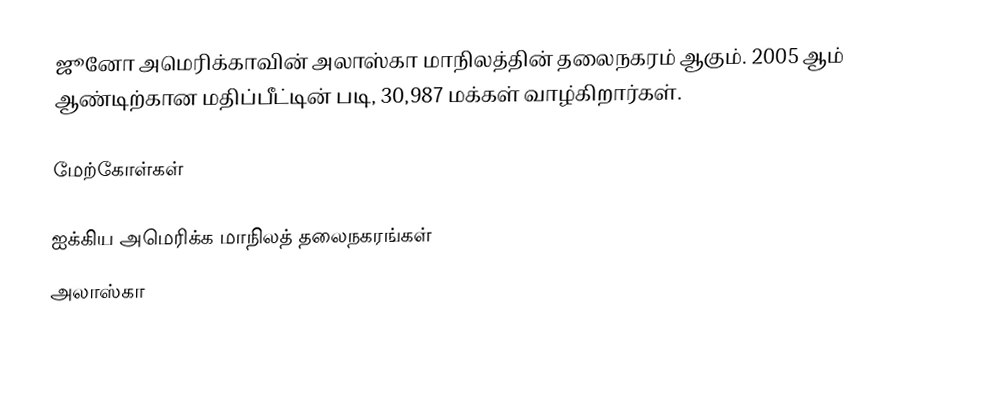
ஜூனோ அமெரிக்காவின் அலாஸ்கா மாநிலத்தின் தலைநகரம் ஆகும். 2005 ஆம் ஆண்டிற்கான மதிப்பீட்டின் படி, 30,987 மக்கள் வாழ்கிறார்கள்.

மேற்கோள்கள்

ஐக்கிய அமெரிக்க மாநிலத் தலைநகரங்கள்
அலாஸ்கா